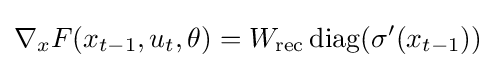
\nabla _{x}F(x_{t-1},u_{t},\theta )=W_{\text{rec}}\operatorname {diag} (\sigma '(x_{t-1}))